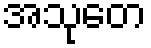
အသုတေ